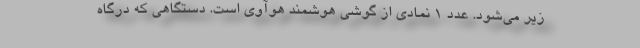
زیر می‌شود. عدد 1 نمادی از گوشی هوشمند هوآوی است. دستگاهی که درگاه